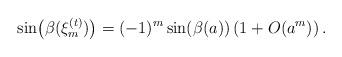
LaTeX: \begin{align*}\sin\!\left(\beta(\xi_{m}^{(t)})\right)=(-1)^{m}\sin(\beta(a))\left(1+O(a^{m})\right).\end{align*}